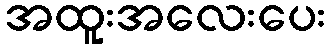
အထူးအလေးပေး